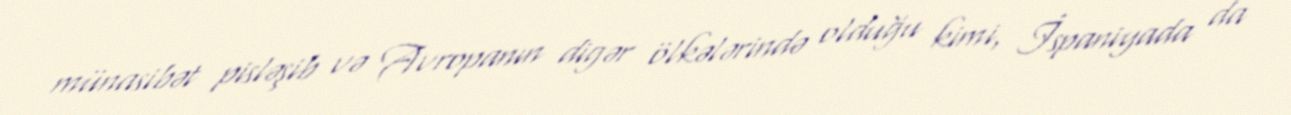
münasibət pisləşib və Avropanın digər ölkələrində olduğu kimi, İspaniyada da